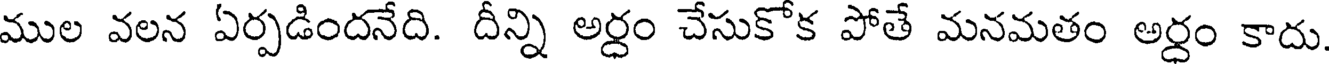
ముల వలన ఏర్పడిందనేది. దీన్ని అర్ధం చేసుకోక పోతే మనమతం అర్ధం కాదు